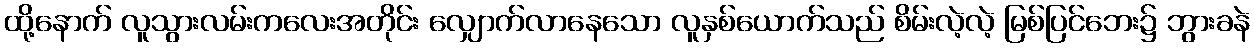
ထို့နောက် လူသွားလမ်းကလေးအတိုင်း လျှောက်လာနေသော လူနှစ်ယောက်သည် စိမ်းလဲ့လဲ့ မြစ်ပြင်ဘေး၌ ဘွားခနဲ